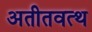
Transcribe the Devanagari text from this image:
अतीतवत्थ